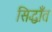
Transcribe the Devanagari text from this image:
सिद्धाँत